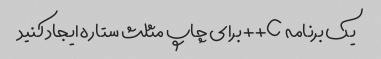
یک برنامه C++ برای چاپ مثلث ستاره ایجاد کنید